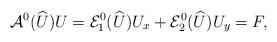
LaTeX: \begin{align*}\mathcal{A}^0(\widehat U) U = \mathcal{E}_1^0(\widehat U)U_x + \mathcal{E}_2^0(\widehat U) U_y = F,\end{align*}